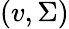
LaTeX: (v,\Sigma)